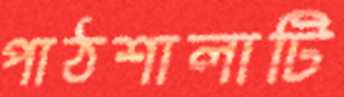
পাঠশালাটি